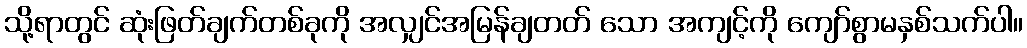
သို့ရာတွင် ဆုံးဖြတ်ချက်တစ်ခုကို အလျှင်အမြန်ချတတ် သော အကျင့်ကို ကျော်စွာမနှစ်သက်ပါ။